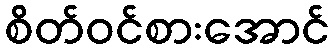
စိတ်ဝင်စားအောင်